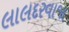
લાલદરવાજા